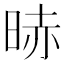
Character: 𣇐